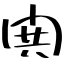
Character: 閧